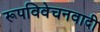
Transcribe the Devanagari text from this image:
रूपविवेचनवादी